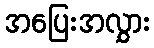
အပြေးအလွှား